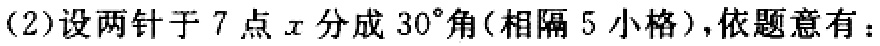
(2)设两针于 7 点 \(x\) 分成 \(30^{\circ}\)角(相隔 5 小格),依题意有：